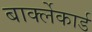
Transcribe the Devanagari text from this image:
बार्क्लेकार्ड